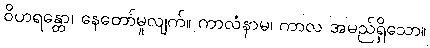
ဝိဟရန္တော၊ နေတော်မူလျက်။ ကာလံနာမ၊ ကာလ အမည်ရှိသော။